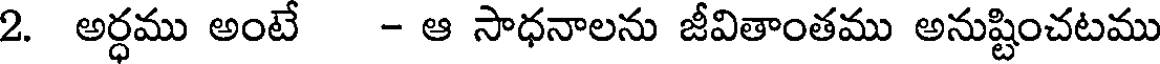
2. అర్ధము అంటే - ఆ సాధనాలను జీవితాంతము అనుష్టించటము